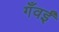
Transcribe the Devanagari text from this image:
गँवईं